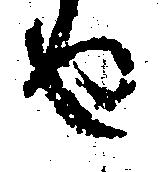
せ